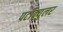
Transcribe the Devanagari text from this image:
पर्टीक्युलर